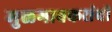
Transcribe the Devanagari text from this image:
मुळगावकरांची